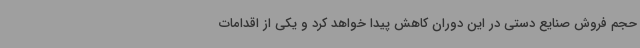
حجم فروش صنایع دستی در این دوران کاهش پیدا خواهد کرد و یکی از اقدامات